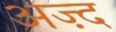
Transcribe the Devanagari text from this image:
अज़्द